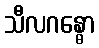
သီလဂန္ဓော